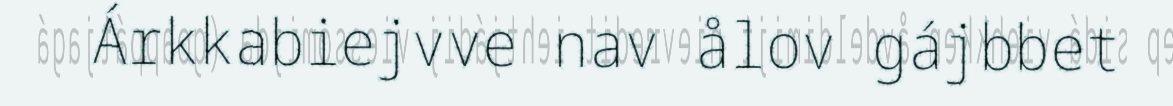
Árkkabiejvve nav ålov gájbbet